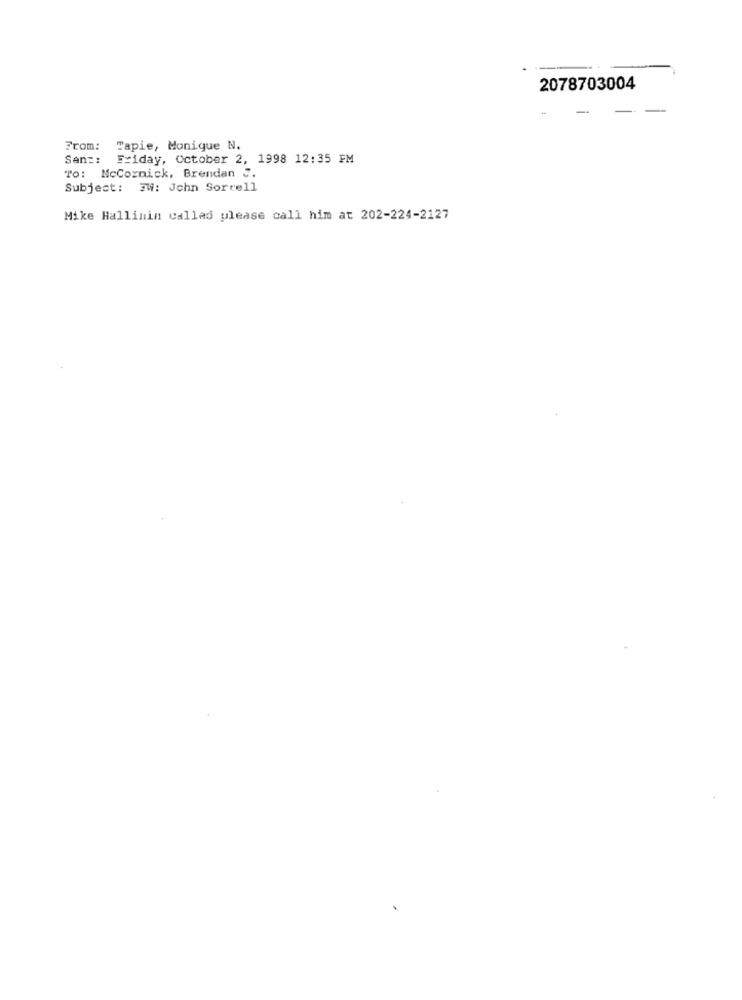
2078703004
From:
Tapie, Monique N.
San =:
Friday, October 2, 1998 12:35 FM
To: McCoznick, Brendan S.
Subject: 3W: John Sorrell
Mike Hallinin callas please call him at 202-224-2127